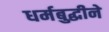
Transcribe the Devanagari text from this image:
धर्मबुद्धीने